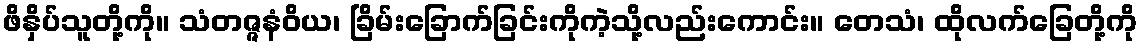
ဖိနှိပ်သူတို့ကို။ သံတဇ္ဇနံဝိယ၊ ခြိမ်းခြောက်ခြင်းကိုကဲ့သို့လည်းကောင်း။ တေသံ၊ ထိုလက်ခြေတို့ကို